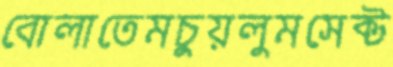
বোলাতেমচুয়লুমসেক্ট